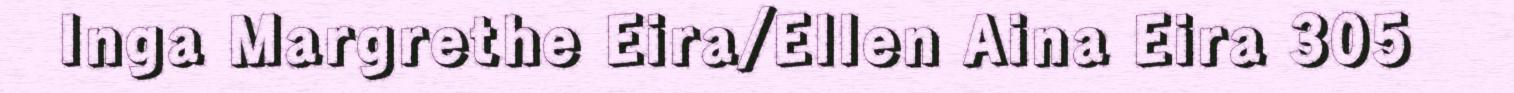
Inga Margrethe Eira/Ellen Aina Eira 305